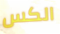
الكس